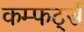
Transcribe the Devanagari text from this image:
कम्फर्ट्स